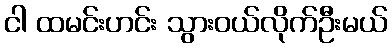
ငါ ထမင်းဟင်း သွားဝယ်လိုက်ဦးမယ်